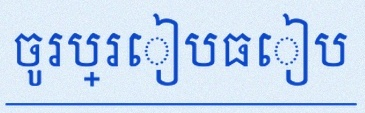
ចូរប្រៀបធៀប